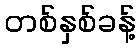
တစ်နှစ်ခန့်